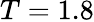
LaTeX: T=1.8